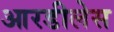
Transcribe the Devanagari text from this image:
आरडीलेस